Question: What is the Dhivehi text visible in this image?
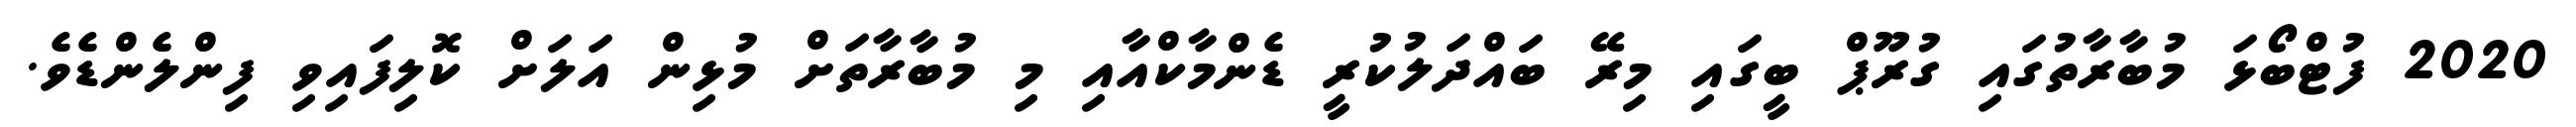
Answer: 2020 ފުޓްބޯޅަ މުބާރާތުގައި ގުރޫޕް ބީގައި މިރޭ ބައްދަލުކުރީ ޑެންމާކްއާއި މި މުބާރާތަށް މުޅިން އަލަށް ކޮލިފައިވި ފިންލެންޑެވެ.